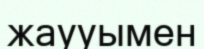
жаууымен